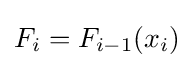
F_{i}=F_{i-1}(x_{i})